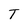
Character: T